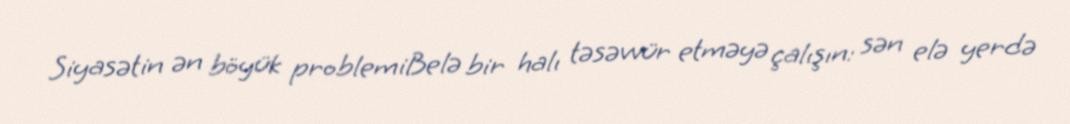
Siyasətin ən böyük problemiBelə bir halı təsəvvür etməyə çalışın: sən elə yerdə